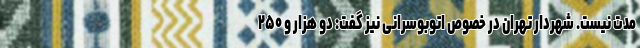
مدت نیست. شهردار تهران در خصوص اتوبوسرانی نیز گفت: دو هزار و ۲۵۰